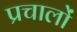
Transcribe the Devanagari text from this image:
प्रचालों